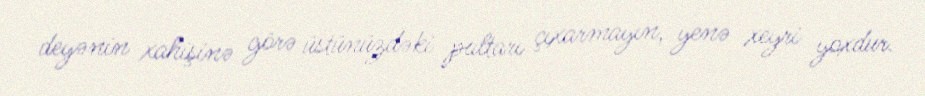
deyənin xahişinə görə üstünüzdəki paltarı çıxarmayın, yenə xeyri yoxdur.